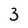
Character: 3